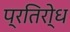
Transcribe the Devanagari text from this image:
प्रतिरो्ध